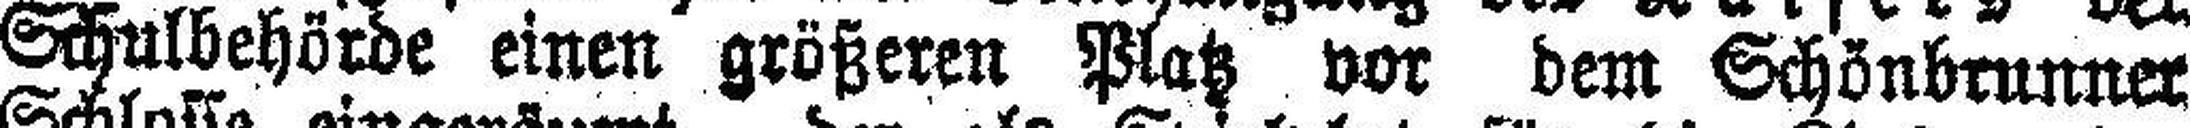
Schulbehörde einen größeren Platz vor dem Schönbrunner